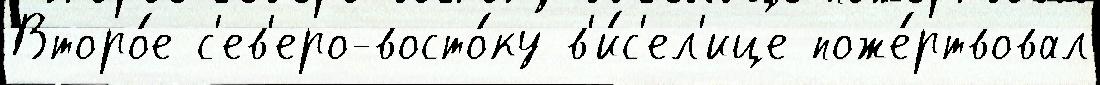
Второ́е с'ев'еро-восто́ку в'и́с'ел'ице поже́ртвовал